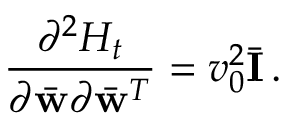
\frac { \partial ^ { 2 } { \cal H } _ { t } } { \partial \bar { \bf w } \partial \bar { \bf w } ^ { T } } = v _ { 0 } ^ { 2 } \bar { \bf I } \, .